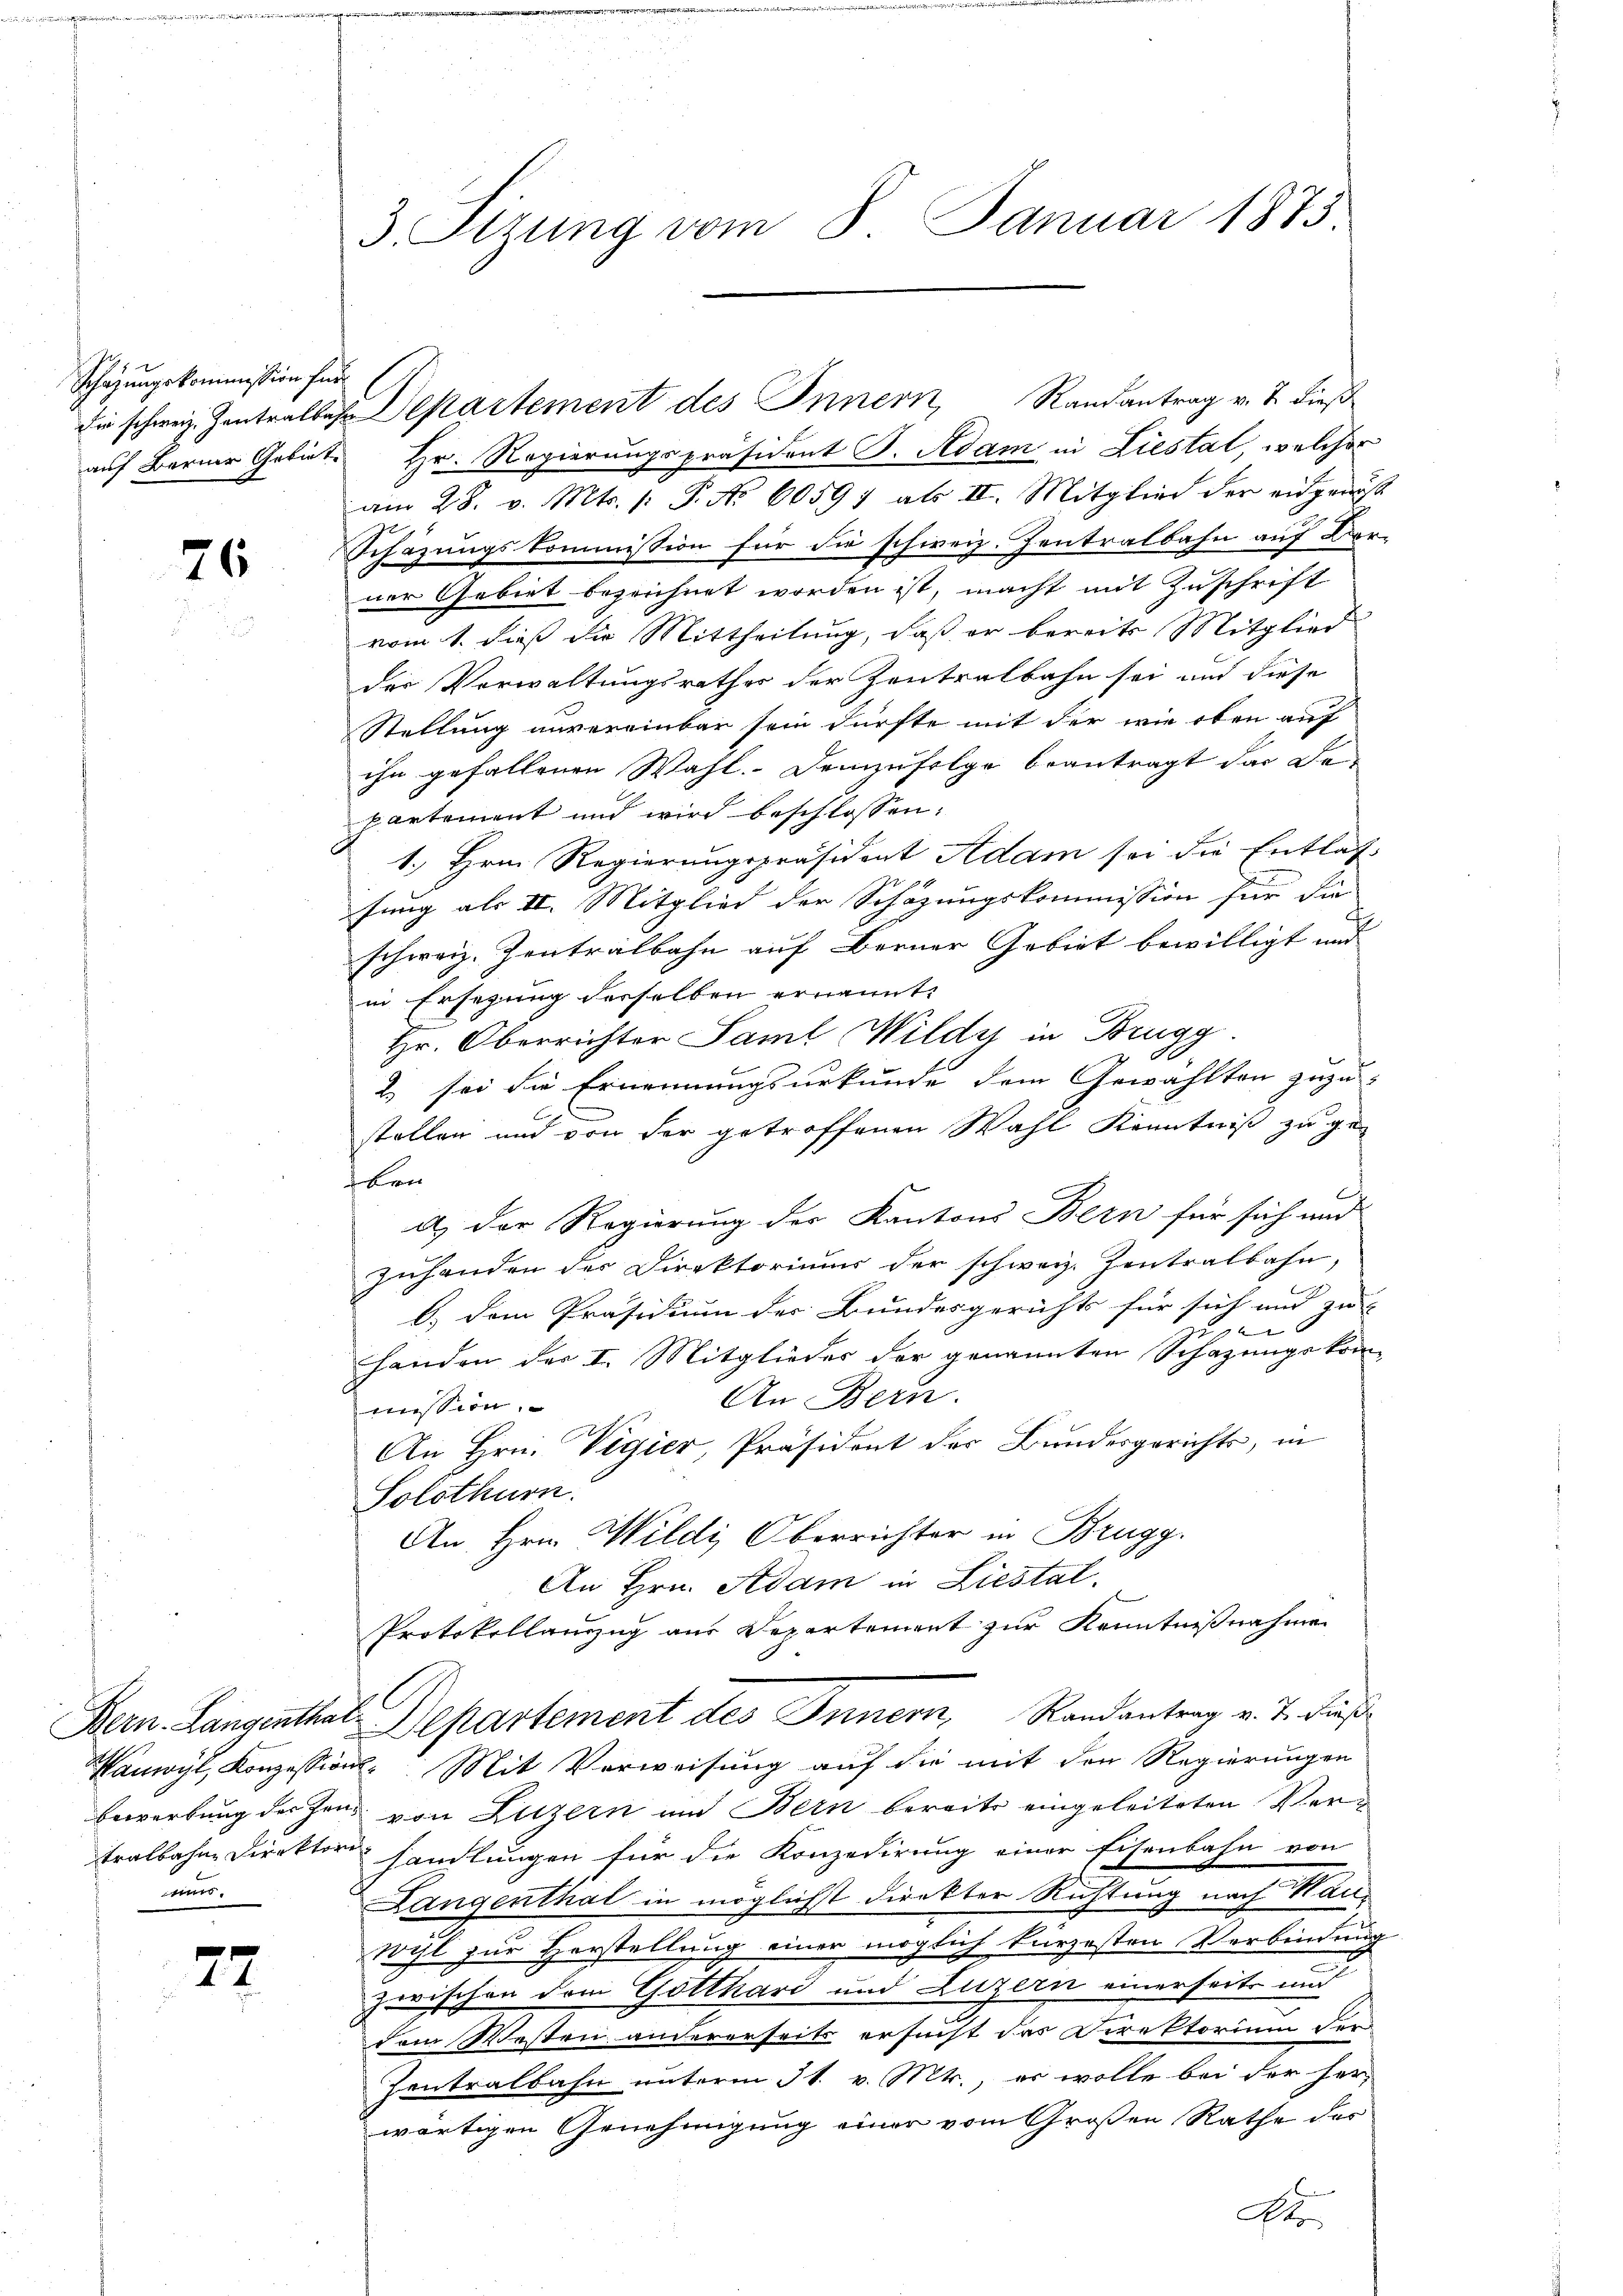
Schazungskommission für

76

r.

77

3. Sizung vom 8. Januar 1873.

auf Berner Gebiete Hr. Regierungspräsident J. Adam in Liestat, welcher
am 28. v. Mts. /: P. Nr. 60597 als II. Mitglied der eidgenöß
Schazungskommission für die schweiz. Zentralbahn auf Vor-
ner Gebiet bezeichnet worden ist, macht mit Zuschrift
vom 1. dieß die Mittheilung, daß er bereits Mitglied
der Vorwaltungsrathes der Zentralbahn sei und diese
Stellung unvereinbar sein dürfte mit der wie oben auf
ihn gefallenen Wahl. Demzufolge beantragt das De-
partement und wird beschlossen:
1. Hrn. Regierungspräsident Adam sei die Entlas-
fung als II. Mitglied der Schazungskommission für die
schweiz. Zentralbahn auf Berner Gebiet bewilligt und
in Ersezung derselben ernannt.
Hr. Oberrichter Saml Wildy in Brugg.
2 sei die Ernennungsurkunde dem Gewählten zuzu-
stellen und von der getroffenen Wahl Kenntniß zu ge-
ken
c
d.) Der Regierung des Kantons Bern für sich und
Zuhanden der Direktoriums der schweiz. Zentralbahn,
b.) Dem Präsidium der Bundesgerichts für sich und zu |

zu
Handen des I. Mitglieder der genannten Schazungskom¬
An Bern.
mession.
An Hrn. Vigier, Präsident der Bundesgerichts, in
Solothurn.
An Hrn. Wildi Oberrichter in Brugg.
An Hrn. Adam in Liestal.
Protokollauszug aus Departement zur Kenntnißnahme
Bern. Langenthal. Departement des Innern, Randantrag v. J. dieß
Vonwyl, Konzession. Mit Verweisung auf die mit den Regierungen
bewerbung der Jene von Luzern und Bern bereits eingeleiteten Vertralbahne Direktor handlungen für die Konzedirung einer Eisenbahn von
Langenthal in möglichst direkter Richtung nach Mauwyl zur Herstellung einer möglich kürzesten Verbindung
zwischen dem Gotthard und Luzern einerseits und
dem Westen andererseits ersucht das Direktorium der
Zentralbahn unterm 31. v. Mts., es wolle bei der her-
wärtigen Genehmigung einer vom Großen Rathe des
Ato

die schweiz. Zentralbes Departement des Innern, Randantrag v. J. dieß